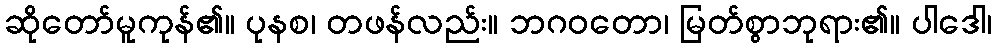
ဆိုတော်မူကုန်၏။ ပုနစ၊ တဖန်လည်း။ ဘဂဝတော၊ မြတ်စွာဘုရား၏။ ပါဒေါ၊